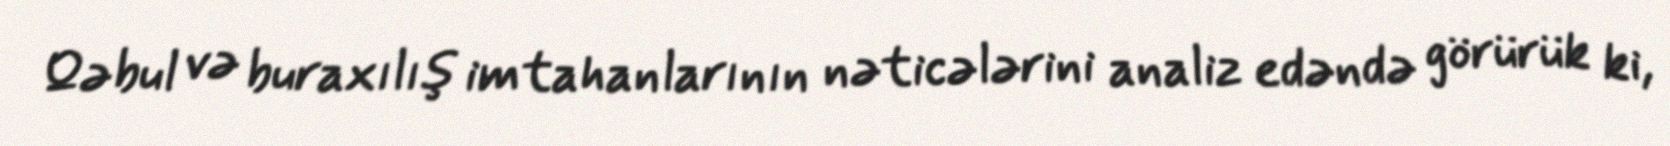
Qəbul və buraxılış imtahanlarının nəticələrini analiz edəndə görürük ki,